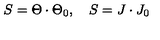
S = \Theta \cdot \Theta _ { 0 } , \quad S = J \cdot J _ { 0 }